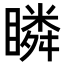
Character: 瞵